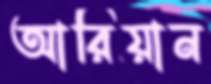
আরিয়ান